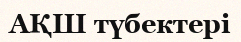
АҚШ түбектері